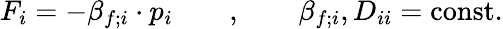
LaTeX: F_{i}=-\beta_{f;i}\cdot p_{i}\qquad,\qquad\beta_{f;i},D_{ii}=\mathrm{const.}